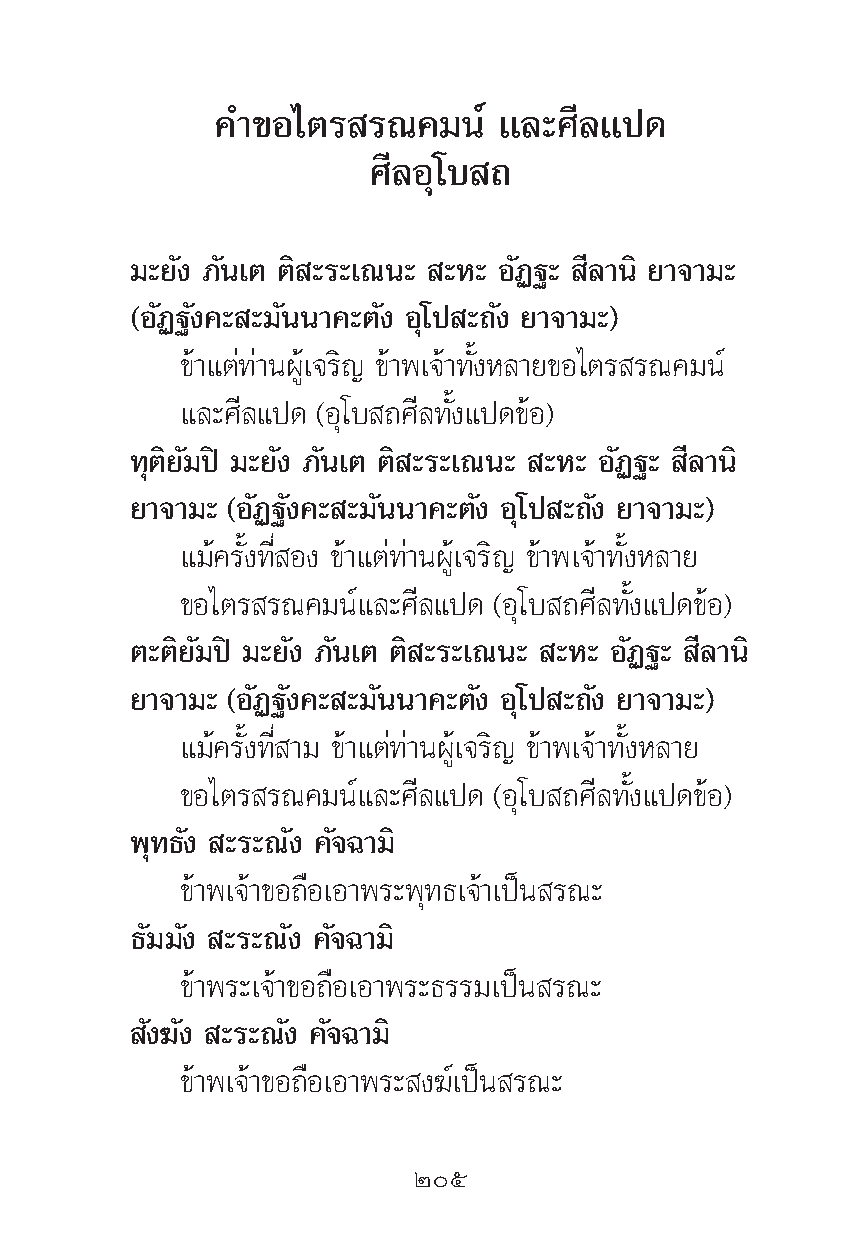
§”¢Õ‰μ√   √≥§¡πå   ·≈–»’≈·ª¥
 »’≈Õÿ‚∫ ∂
 ¡–¬—ß ¿—π‡μ μ‘ –√–‡≥π– –À– Õ—Ø∞– ’≈“π‘ ¬“®“¡–
 (Õ—Ø∞—ß§– –¡—ππ“§–μ—ß Õÿ‚ª –∂—ß ¬“®“¡–)
 ¢â“·μà∑à“πºŸâ‡®√‘≠ ¢â“æ‡®â“∑—ÈßÀ≈“¬¢Õ‰μ√ √≥§¡πå
 ·≈–»’≈·ª¥ (Õÿ‚∫ ∂»’≈∑—Èß·ª¥¢âÕ)
 ∑ÿμ‘¬—¡ªî ¡–¬—ß ¿—π‡μ μ‘ –√–‡≥π– –À– Õ—Ø∞– ’≈“π‘
 ¬“®“¡– (Õ—Ø∞—ß§– –¡—ππ“§–μ—ß Õÿ‚ª –∂—ß ¬“®“¡–)
 ·¡â§√—Èß∑’Ë Õß ¢â“·μà∑à“πºŸâ‡®√‘≠ ¢â“æ‡®â“∑—ÈßÀ≈“¬
 ¢Õ‰μ√ √≥§¡πå·≈–»’≈·ª¥ (Õÿ‚∫ ∂»’≈∑—Èß·ª¥¢âÕ)
 μ–μ‘¬—¡ªî ¡–¬—ß ¿—π‡μ μ‘ –√–‡≥π– –À– Õ—Ø∞– ’≈“π‘
 ¬“®“¡– (Õ—Ø∞—ß§– –¡—ππ“§–μ—ß Õÿ‚ª –∂—ß ¬“®“¡–)
 ·¡â§√—Èß∑’Ë “¡ ¢â“·μà∑à“πºŸâ‡®√‘≠ ¢â“æ‡®â“∑—ÈßÀ≈“¬
 ¢Õ‰μ√ √≥§¡πå·≈–»’≈·ª¥ (Õÿ‚∫ ∂»’≈∑—Èß·ª¥¢âÕ)
 æÿ∑∏—ß –√–≥—ß §—®©“¡‘
 ¢â“æ‡®â“¢Õ∂◊Õ‡Õ“æ√–æÿ∑∏‡®â“‡ªìπ √≥–
 ∏—¡¡—ß –√–≥—ß §—®©“¡‘
 ¢â“æ√–‡®â“¢Õ∂◊Õ‡Õ“æ√–∏√√¡‡ªìπ √≥–
 —ß¶—ß –√–≥—ß §—®©“¡‘
 ¢â“æ‡®â“¢Õ∂◊Õ‡Õ“æ√– ß¶å‡ªìπ √≥–
 Úı